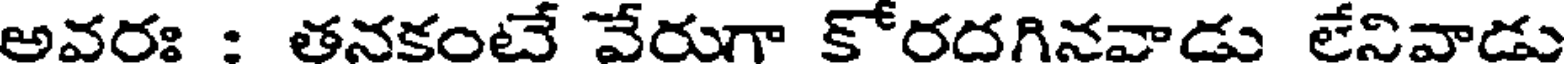
అవరః : తనకంటే వేరుగా కోరదగినవాడు లేనివాడు